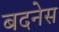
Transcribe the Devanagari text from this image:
बदनेस